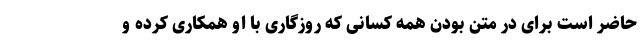
حاضر است برای در متن بودن همه کسانی که روزگاری با او همکاری کرده و